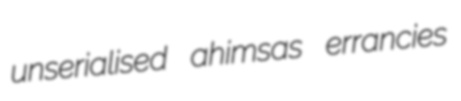
unserialised ahimsas errancies